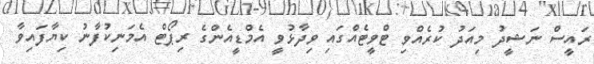
ރައީސް ނަޝީދު މިއަދު ކުރެއްވި ޓްވީޓެއްގައި ވިދާޅުވީ އެމްޑީއެންގެ ރިޕޯޓް އެމަނިކުފާނު ކިޔާފައިވާ